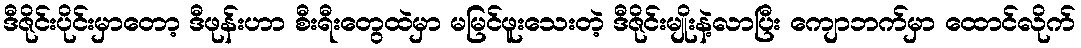
ဒီဇိုင်းပိုင်းမှာတော့ ဒီဖုန်းဟာ စီးရီးတွေထဲမှာ မမြင်ဖူးသေးတဲ့ ဒီဇိုင်းမျိုးနဲ့လာပြီး ကျောဘက်မှာ ထောင်လိုက်